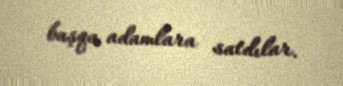
başqa adamlara satdılar.